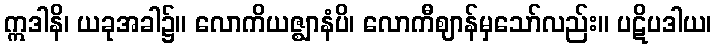
ဣဒါနိ၊ ယခုအခါ၌။ လောကိယဇ္ဈာနံပိ၊ လောကီဈာန်မှသော်လည်း။ ပဋိပဒါယ၊